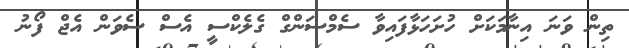
ތިން ވަނަ އިނާމަކަށް ހުށަހަޅާފައިވާ ސެމްސަންގް ގެލެކްސީ އެސް ސެވަން އެޖް ފޯނު